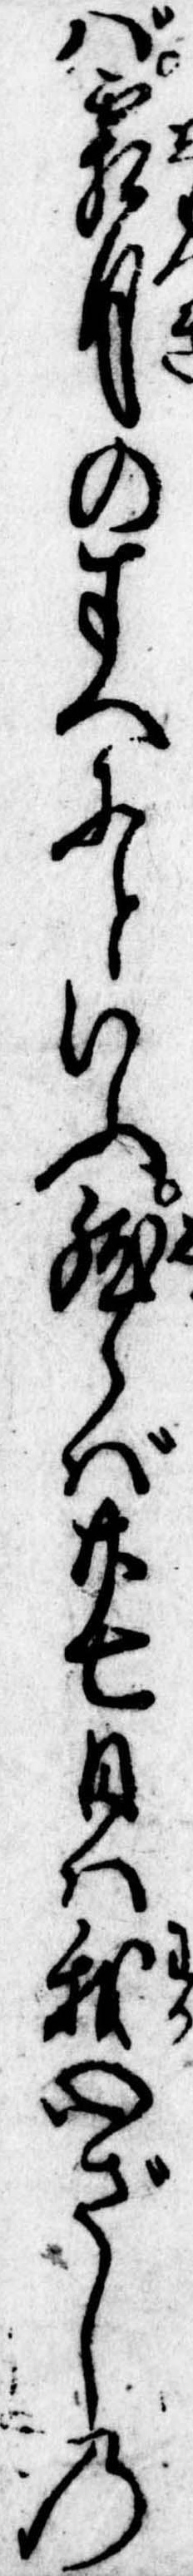
ば霜月のすへにといふ然らば廿七日は我心ざしの